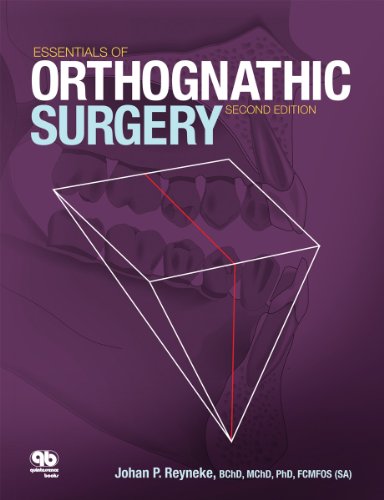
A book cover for Essentials of Orthognathic Surgery; Johan P. Reyneke; Medical Books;